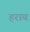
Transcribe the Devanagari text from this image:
हराय